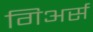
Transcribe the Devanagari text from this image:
गिअर्स